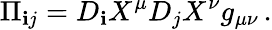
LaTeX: \Pi_{\mathbf{i}j}=D_{\mathbf{i}}X^{\mu}D_{j}X^{\nu}g_{\mu\nu}\, .